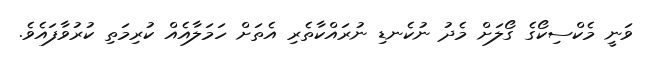
ވަނީ މެކްސިކޯގެ ގޯލަށް މެދު ނުކެނޑި ނުރައްކާތެރި އެތަށް ހަމަލާއެއް ކުރިމަތި ކުރުވާފައެވެ.